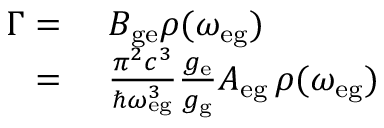
\begin{array} { r l } { \Gamma = } & { { } \, \, B _ { \mathrm { g e } } \rho ( \omega _ { \mathrm { e g } } ) } \\ { = } & { { } \, \, \frac { \pi ^ { 2 } c ^ { 3 } } { \hbar \omega _ { \mathrm { e g } } ^ { 3 } } \frac { g _ { \mathrm { e } } } { g _ { \mathrm { g } } } A _ { \mathrm { e g } } \, \rho ( \omega _ { \mathrm { e g } } ) } \end{array}